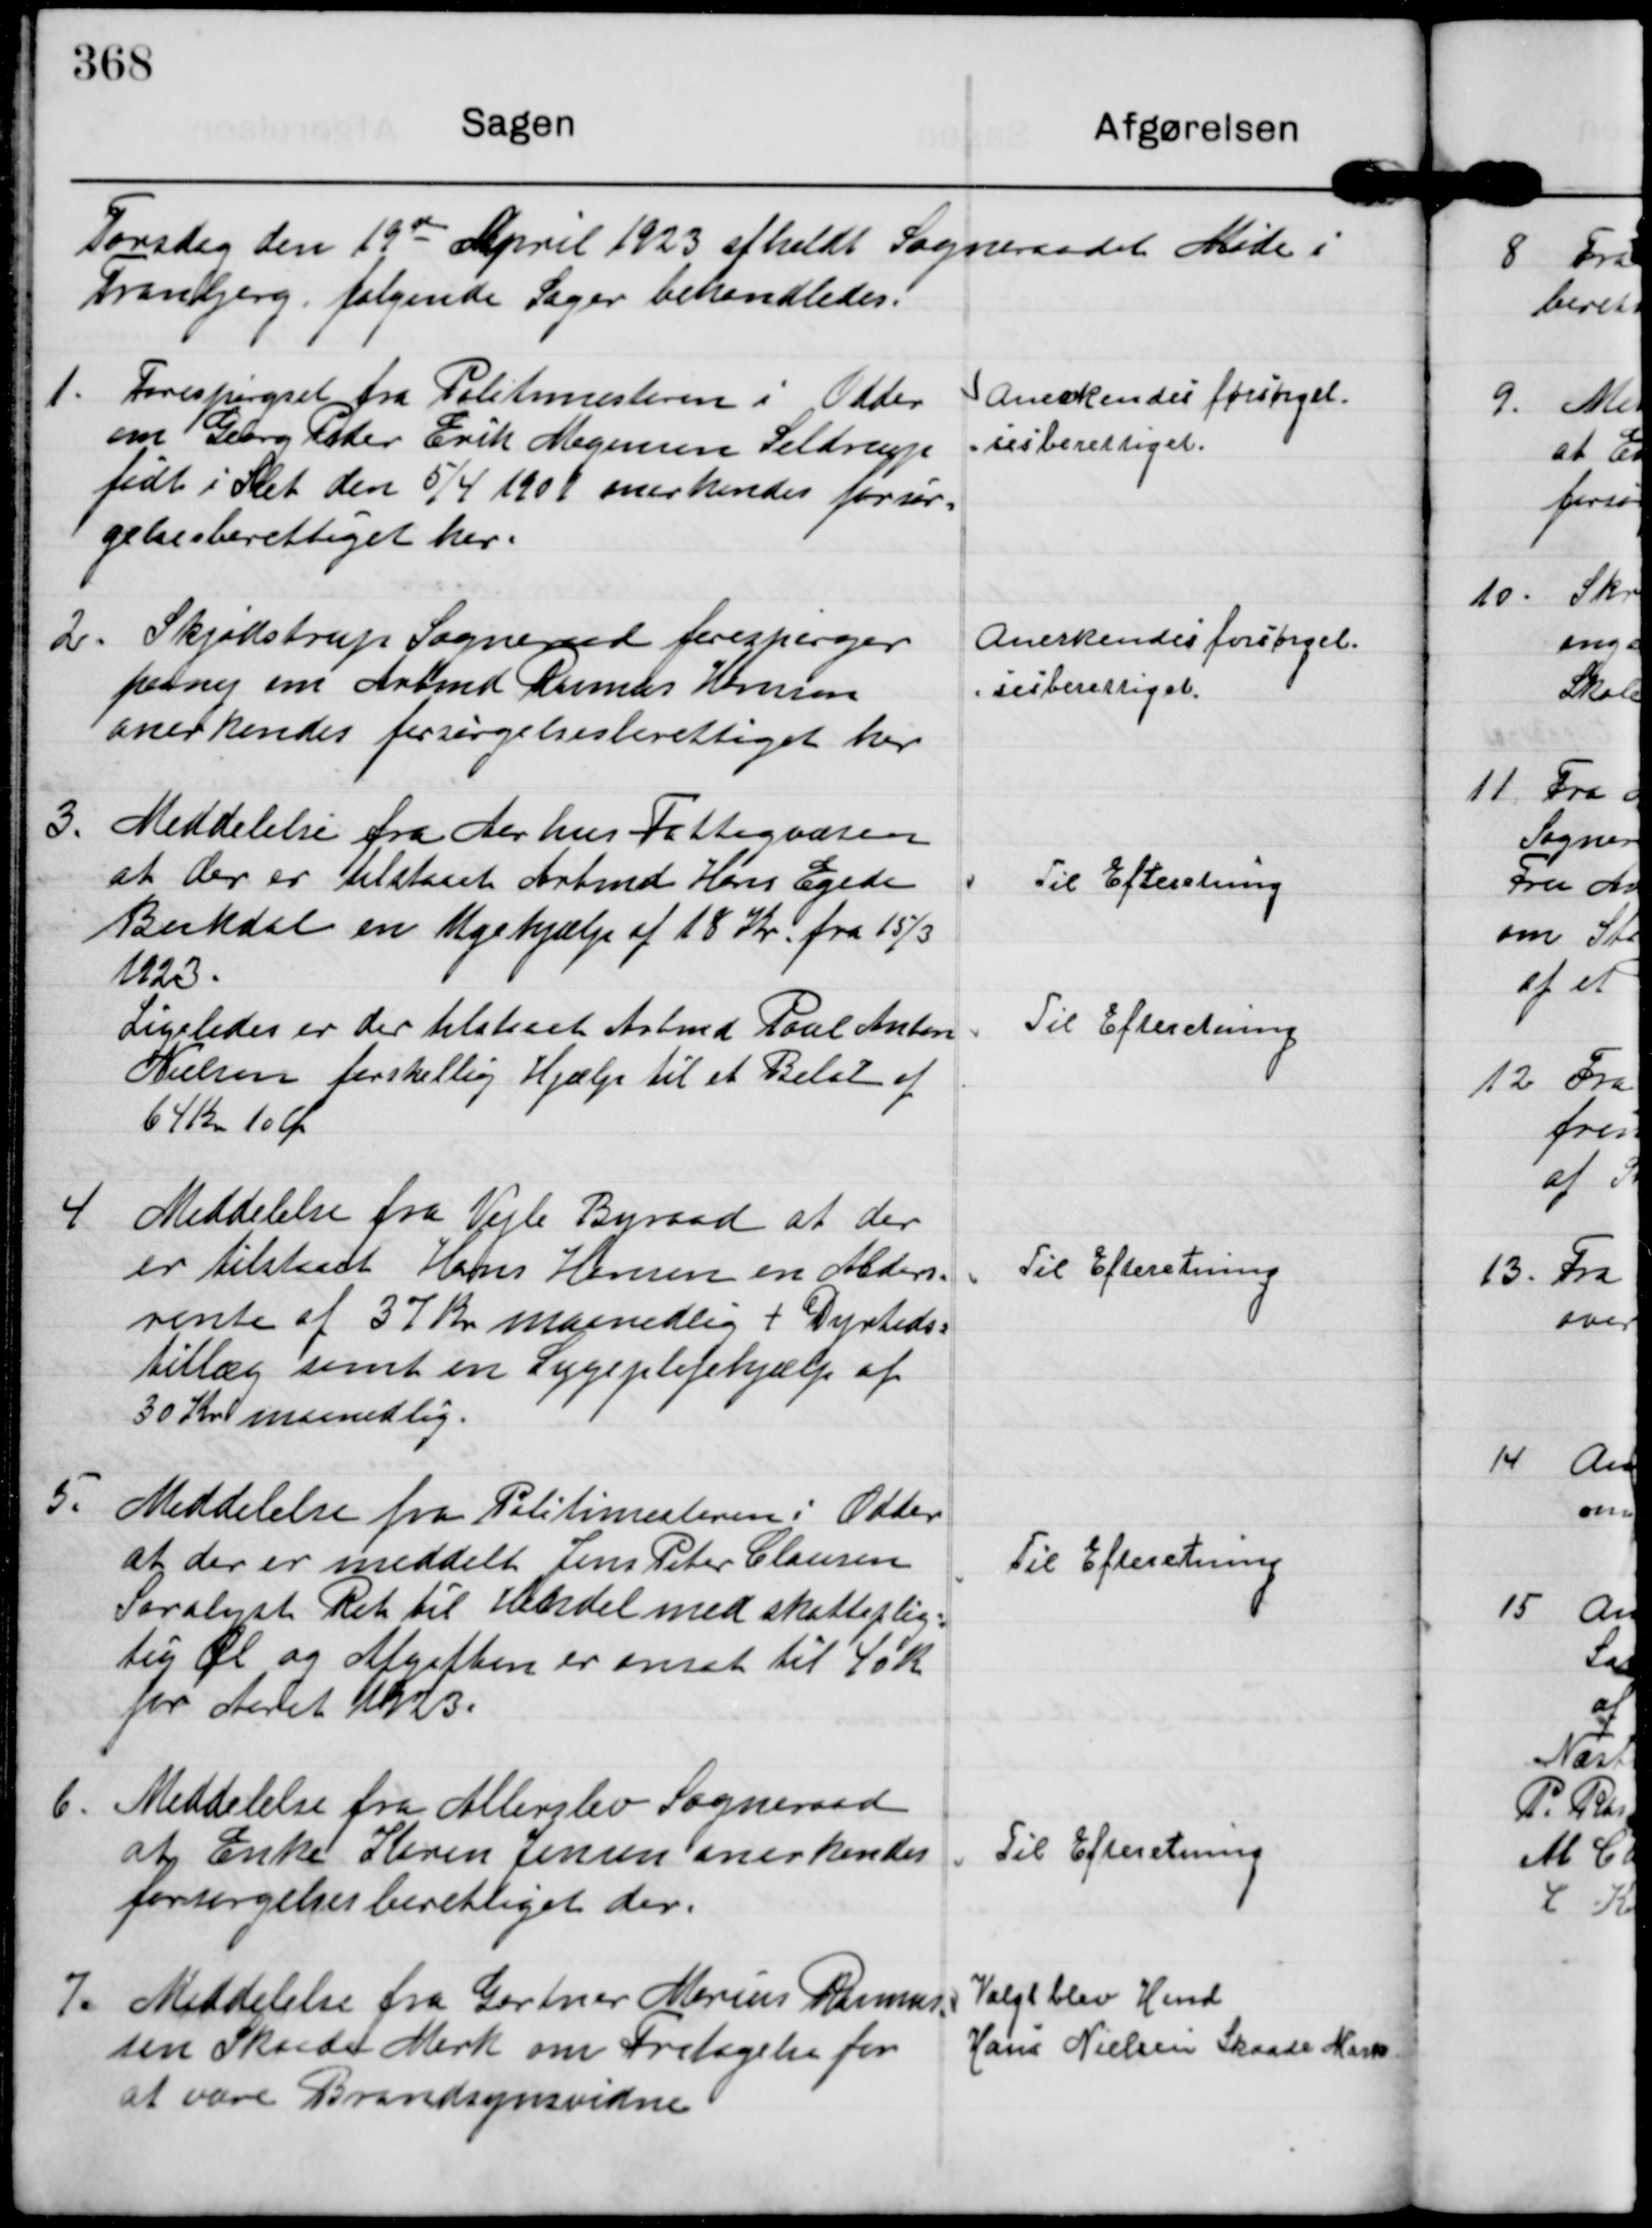
Transskription:
Torsdag den 19
de
April 1923 afholdt Sogneraadet Møde i
Tranbjerg, følgende Sager behandledes.

1.
Forespørgsel fra Politimesteren i Odder
om Georg Peder Erik Mogensen Seldrup
født i Slet den 5/4 1901 anerkendes forsør=
gelsesberettiget her.

Anerkendes forsørgel-
=sesberettiget.

2.
Skjødstrup Sogneraad forespørger
paany om Arbmd Rasmus Hansen
anerkendes forsørgelsesberettiget her

Anerkendes forsørgel-
=sesberettiget.

3.
Meddelelse fra Aarhus Fattigvæsen
at der er tilstaaet Arbmd Hans Egede
Bukdal en Ugehjælp af 18 Kr. fra 15/3
1923.

Til Efteretning

Ligeledes er der tilstaaet Arbmd Poul Anton
Nielsen forskellig Hjælp til et Beløb af
64 Kr 10 Øre

Til Efteretning

4
Meddelelse fra Vejle Byraad at der
er tilstaaet Hans Hansen en Alders=
rente af 37 Kr maanedlig + Dyrtids=
tillæg samt en Sygeplejehjælp af
30 Kr maanedlig.

Til Efteretning

5.
Meddelelse fra Politimesteren i Odder
at der er meddelt Jens Peter Clausen
Saralyst Ret til Handel med skatteplig=
tig Øl og Afgiften er ansat til 40 Kr
for aaret 1923.

Til Efteretning

6.
Meddelelse fra Allerslev Sogneraad
at Enke Karen Jensen anerkendes
forsørgelsesberettiget der.

Til Efteretning

7.
Meddelelse fra Gartner Marius Rasmus-
sen Skaade Mark om Fritagelse for
at være Brandsynsvidne

Valgt blev Hmd
Hans Nielsen Skaade Mark